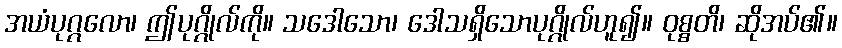
အယံပုဂ္ဂလော၊ ဤပုဂ္ဂိုလ်ကို။ သဒေါသော၊ ဒေါသရှိသောပုဂ္ဂိုလ်ဟူ၍။ ဝုစ္စတိ၊ ဆိုအပ်၏။